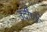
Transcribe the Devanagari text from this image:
उदीर्णः